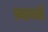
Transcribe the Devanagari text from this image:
त्यागतो